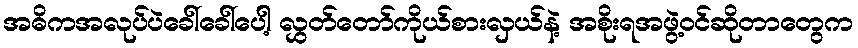
အဓိကအလုပ်ပဲခေါ်ခေါ်ပေါ့ လွှတ်တော်ကိုယ်စားလှယ်နဲ့ အစိုးရအဖွဲ့ဝင်ဆိုတာတွေက